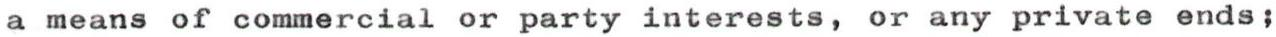
a means of commercial or party interests, or any private ends;